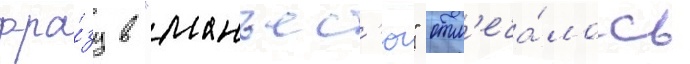
фра́зу в "манъес'ю" отм'еча́лось